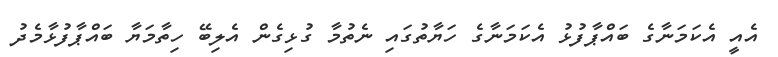
އެއީ އެކަމަނާގެ ބައްޕާފުޅު އެކަމަނާގެ ހަޔާތުގައި ނެތުމާ ގުޅިގެން އެލިބޭ ހިތާމަޔާ ބައްޕާފުޅާމެދު